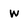
Character: w